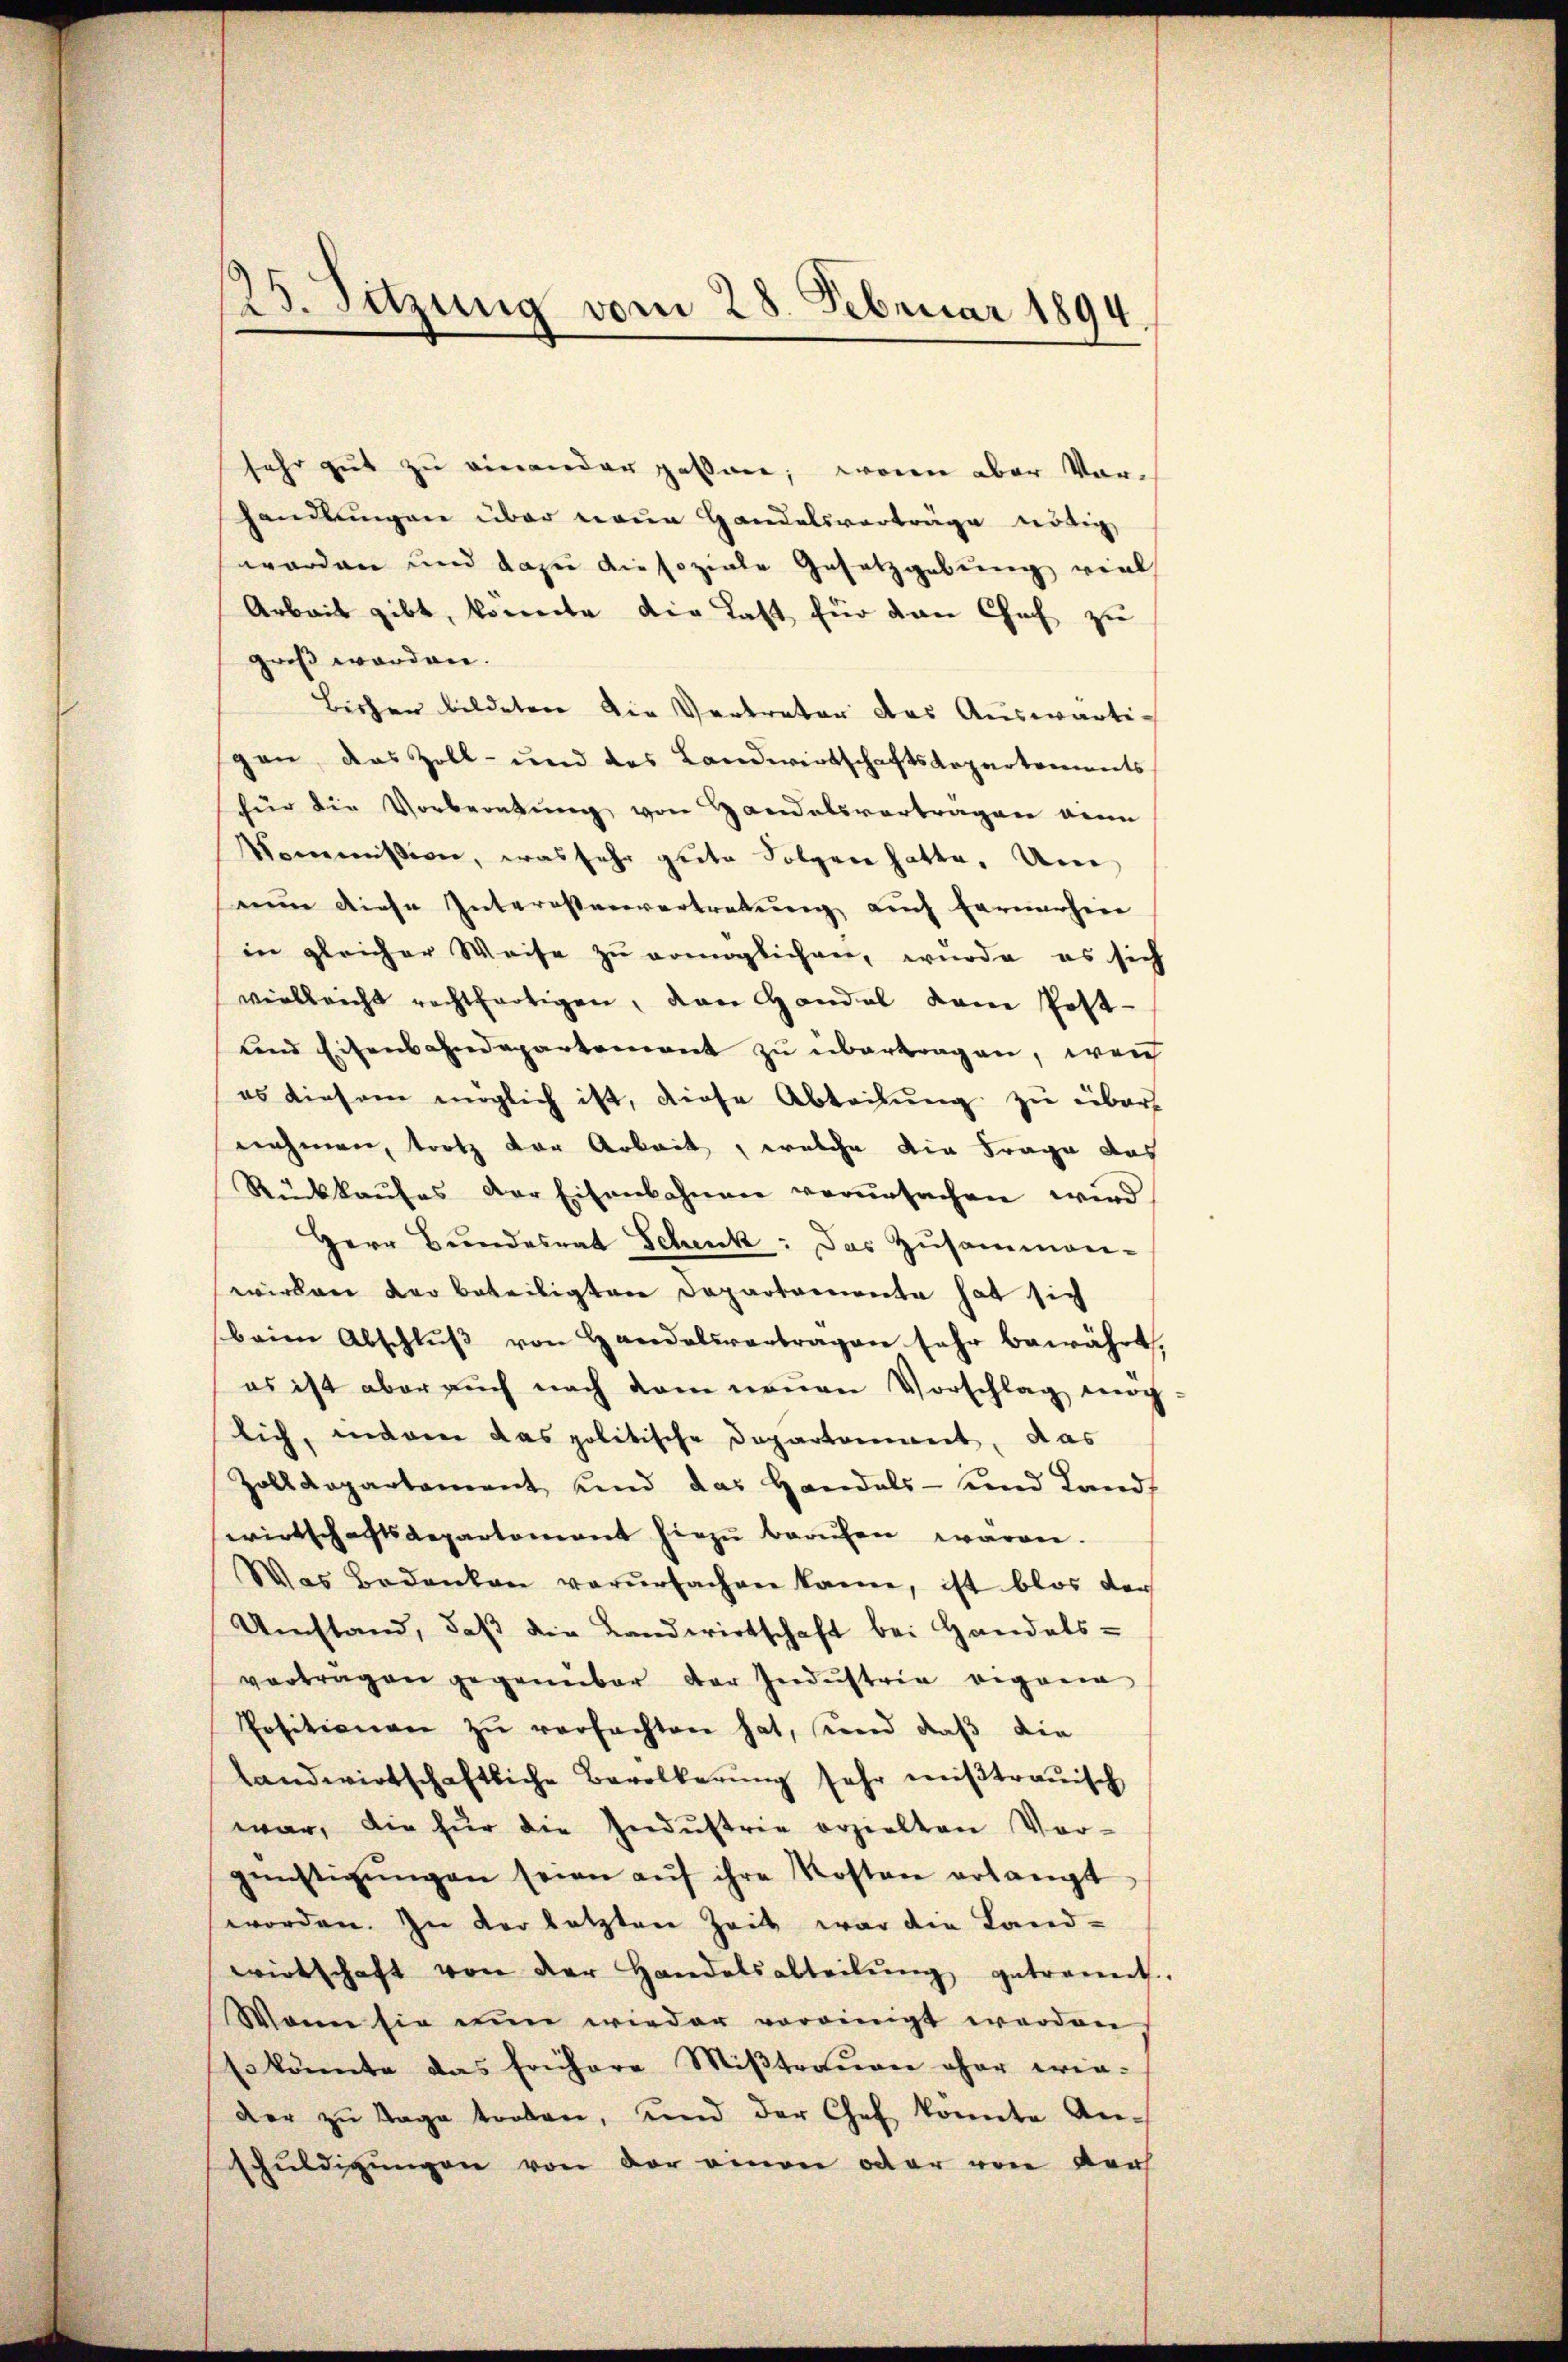
sehr gut zu einander passare; woren aber Vorhandlungen über neue Handelsvorträge nötig,
worden und dazu die soziale Gesetzgebung viel
Arbeit gibt, konnte die Last für dan Chef zu
groß werden.
Bichen bildeten die Vertreter das Auswärtigen, das Zoll- und das Landwirtschaftsdepartements
für die Vorberatŭng von Handelsvertragen denn
Kommission, was sehr gute Folgen hatte. Um
nun diese Interessenvertretung auch fernerhine
in gleicher Weise zu ermöglichen, wurde es sich
vielleicht rechtfertigen, das Handel vom Post-
und Eisenbahndepartement zu übertragen, wen
es diesem möglich ist, diese Abteilung zu über
nehmen, trotz der Arbeit, welche die Frage das
Rückkaŭfes der Eisenbahnen verŭrsachen wird,
Herr Bundesrat Schenk: Das Zusammen-
wirken der beteiligten Departemente hat sich
beim Abschlŭβ von Handelsvertragen sehr bewährt,
es ist aber auch nach dem neuen Vorschlag mag
lich, indere das politische Departement, das
Zolldepartement und das Handels- und Lands
wirtschaftsdepartement hiezu berufen waren.
Was Bedenken verŭrsachen kann, ist blos der
Umstand, daβ die Landwirtschaft bei Handels-
vorträgen gegenüber der Industria eigen
Positionen zŭ verfachten hat, und daß die
landwirtschaftliche Bevölkerung sehr mißtrauisch
war, die für die Indŭstrie erzielten Vor-
günstigŭngen seien aŭf ihre Kosten erlangt
worden. In der letzten Zeit war die Land-
wirtschaft von der Handelsabteilŭng getrennt.
Wann sie nun wieder vereinigt werden
so könnte das frühere Mißtrauen ohne wender zu Tage troben, und der Chef könnte An-
schuldigungen von der einen oder von der

125. Sitzung vom 28. Februar 1894